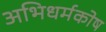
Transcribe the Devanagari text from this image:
अभिधर्मकोष